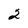
Character: 2